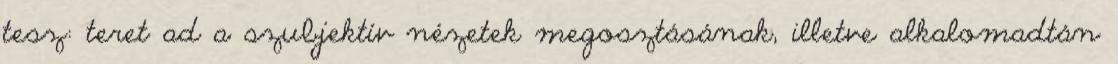
tesz: teret ad a szubjektív nézetek megosztásának, illetve alkalomadtán